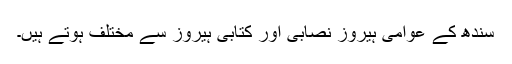
سندھ کے عوامی ہیروز نصابی اور کتابی ہیروز سے مختلف ہوتے ہیں۔